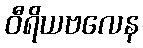
ဝီရိယဗလေန